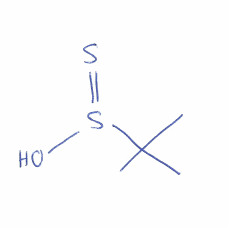
Simplified molecular-input line-entry system (SMILES) notation of the given molecule:
CC(C)(C)S(=S)O